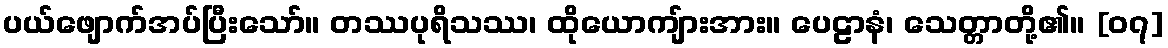
ပယ်ဖျောက်အပ်ပြီးသော်။ တဿပုရိသဿ၊ ထိုယောကျ်ားအား။ ပေဠာနံ၊ သေတ္တာတို့၏။ [၀၇]